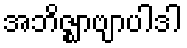
အဘိဇ္ဈာဗျာပါဒါ